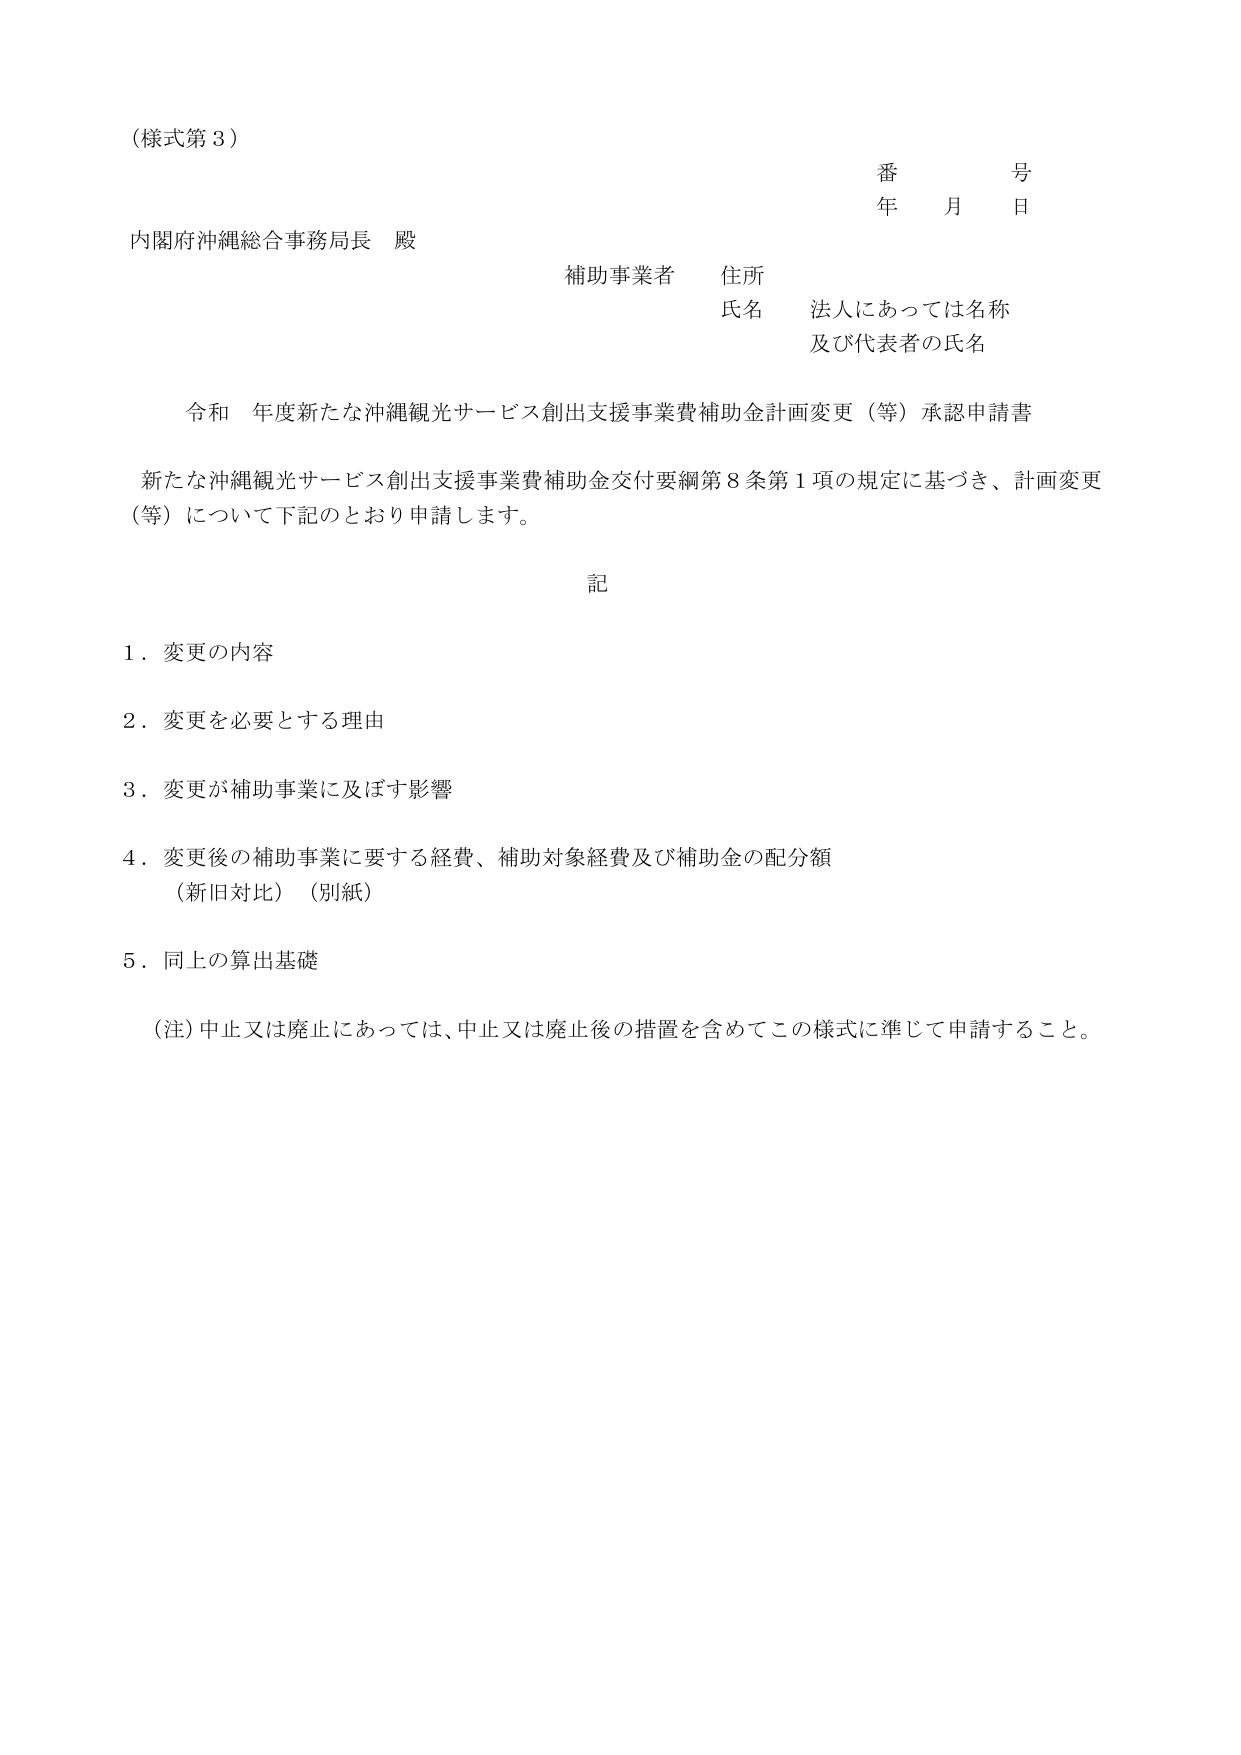
（様式第３）

番　　号
年　　月　　日

内閣府沖縄総合事務局長　殿

補助事業者　住所
氏名　法人にあっては名称
　　　及び代表者の氏名

令和　年度新たな沖縄観光サービス創出支援事業費補助金計画変更（等）承認申請書

新たな沖縄観光サービス創出支援事業費補助金交付要綱第８条第１項の規定に基づき、計画変更（等）について下記のとおり申請します。

記

１．変更の内容
２．変更を必要とする理由
３．変更が補助事業に及ぼす影響
４．変更後の補助事業に要する経費、補助対象経費及び補助金の配分額
　　（新旧対比）（別紙）
５．同上の算出基礎

（注）中止又は廃止にあっては、中止又は廃止後の措置を含めてこの様式に準じて申請すること。